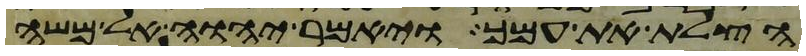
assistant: הצלת את עמך ויאמר יהוה אל משה